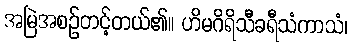
အမြဲအစဉ်တင့်တယ်၏။ ဟိမဂိရိသီခရီသံကာသံ၊